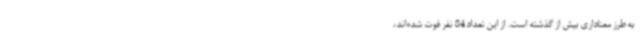
به طرز معناداری بیش از گذشته است. از این تعداد 84 نفر فوت شده‌اند،